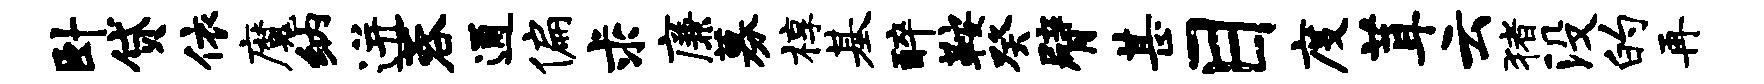
卧贷依魔纳迸蓉通偏求廉募椁基醉鞍癸臂甚目度茸云猪没的再